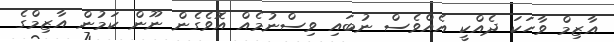
އާޒިމް ވާހަކަ ދެއްކީ އެއްވެސް ނުބައި ވިސްނުމެއް އޮވެގެން ނޫން ކަމުން އާޒިމްގެ